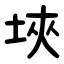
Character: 埉